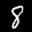
Label: 8